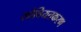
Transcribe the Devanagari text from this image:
सोवियतकरण